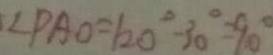
\angle P A O = 1 2 0 ^ { \circ } - 3 0 ^ { \circ } = 9 0 ^ { \circ }